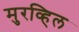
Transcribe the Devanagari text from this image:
मुरव्हिल